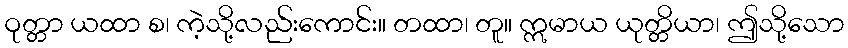
ဝုတ္တာ ယထာ စ၊ ကဲ့သို့လည်းကောင်း။ တထာ၊ တူ။ ဣမာယ ယုတ္တိယာ၊ ဤသို့သော